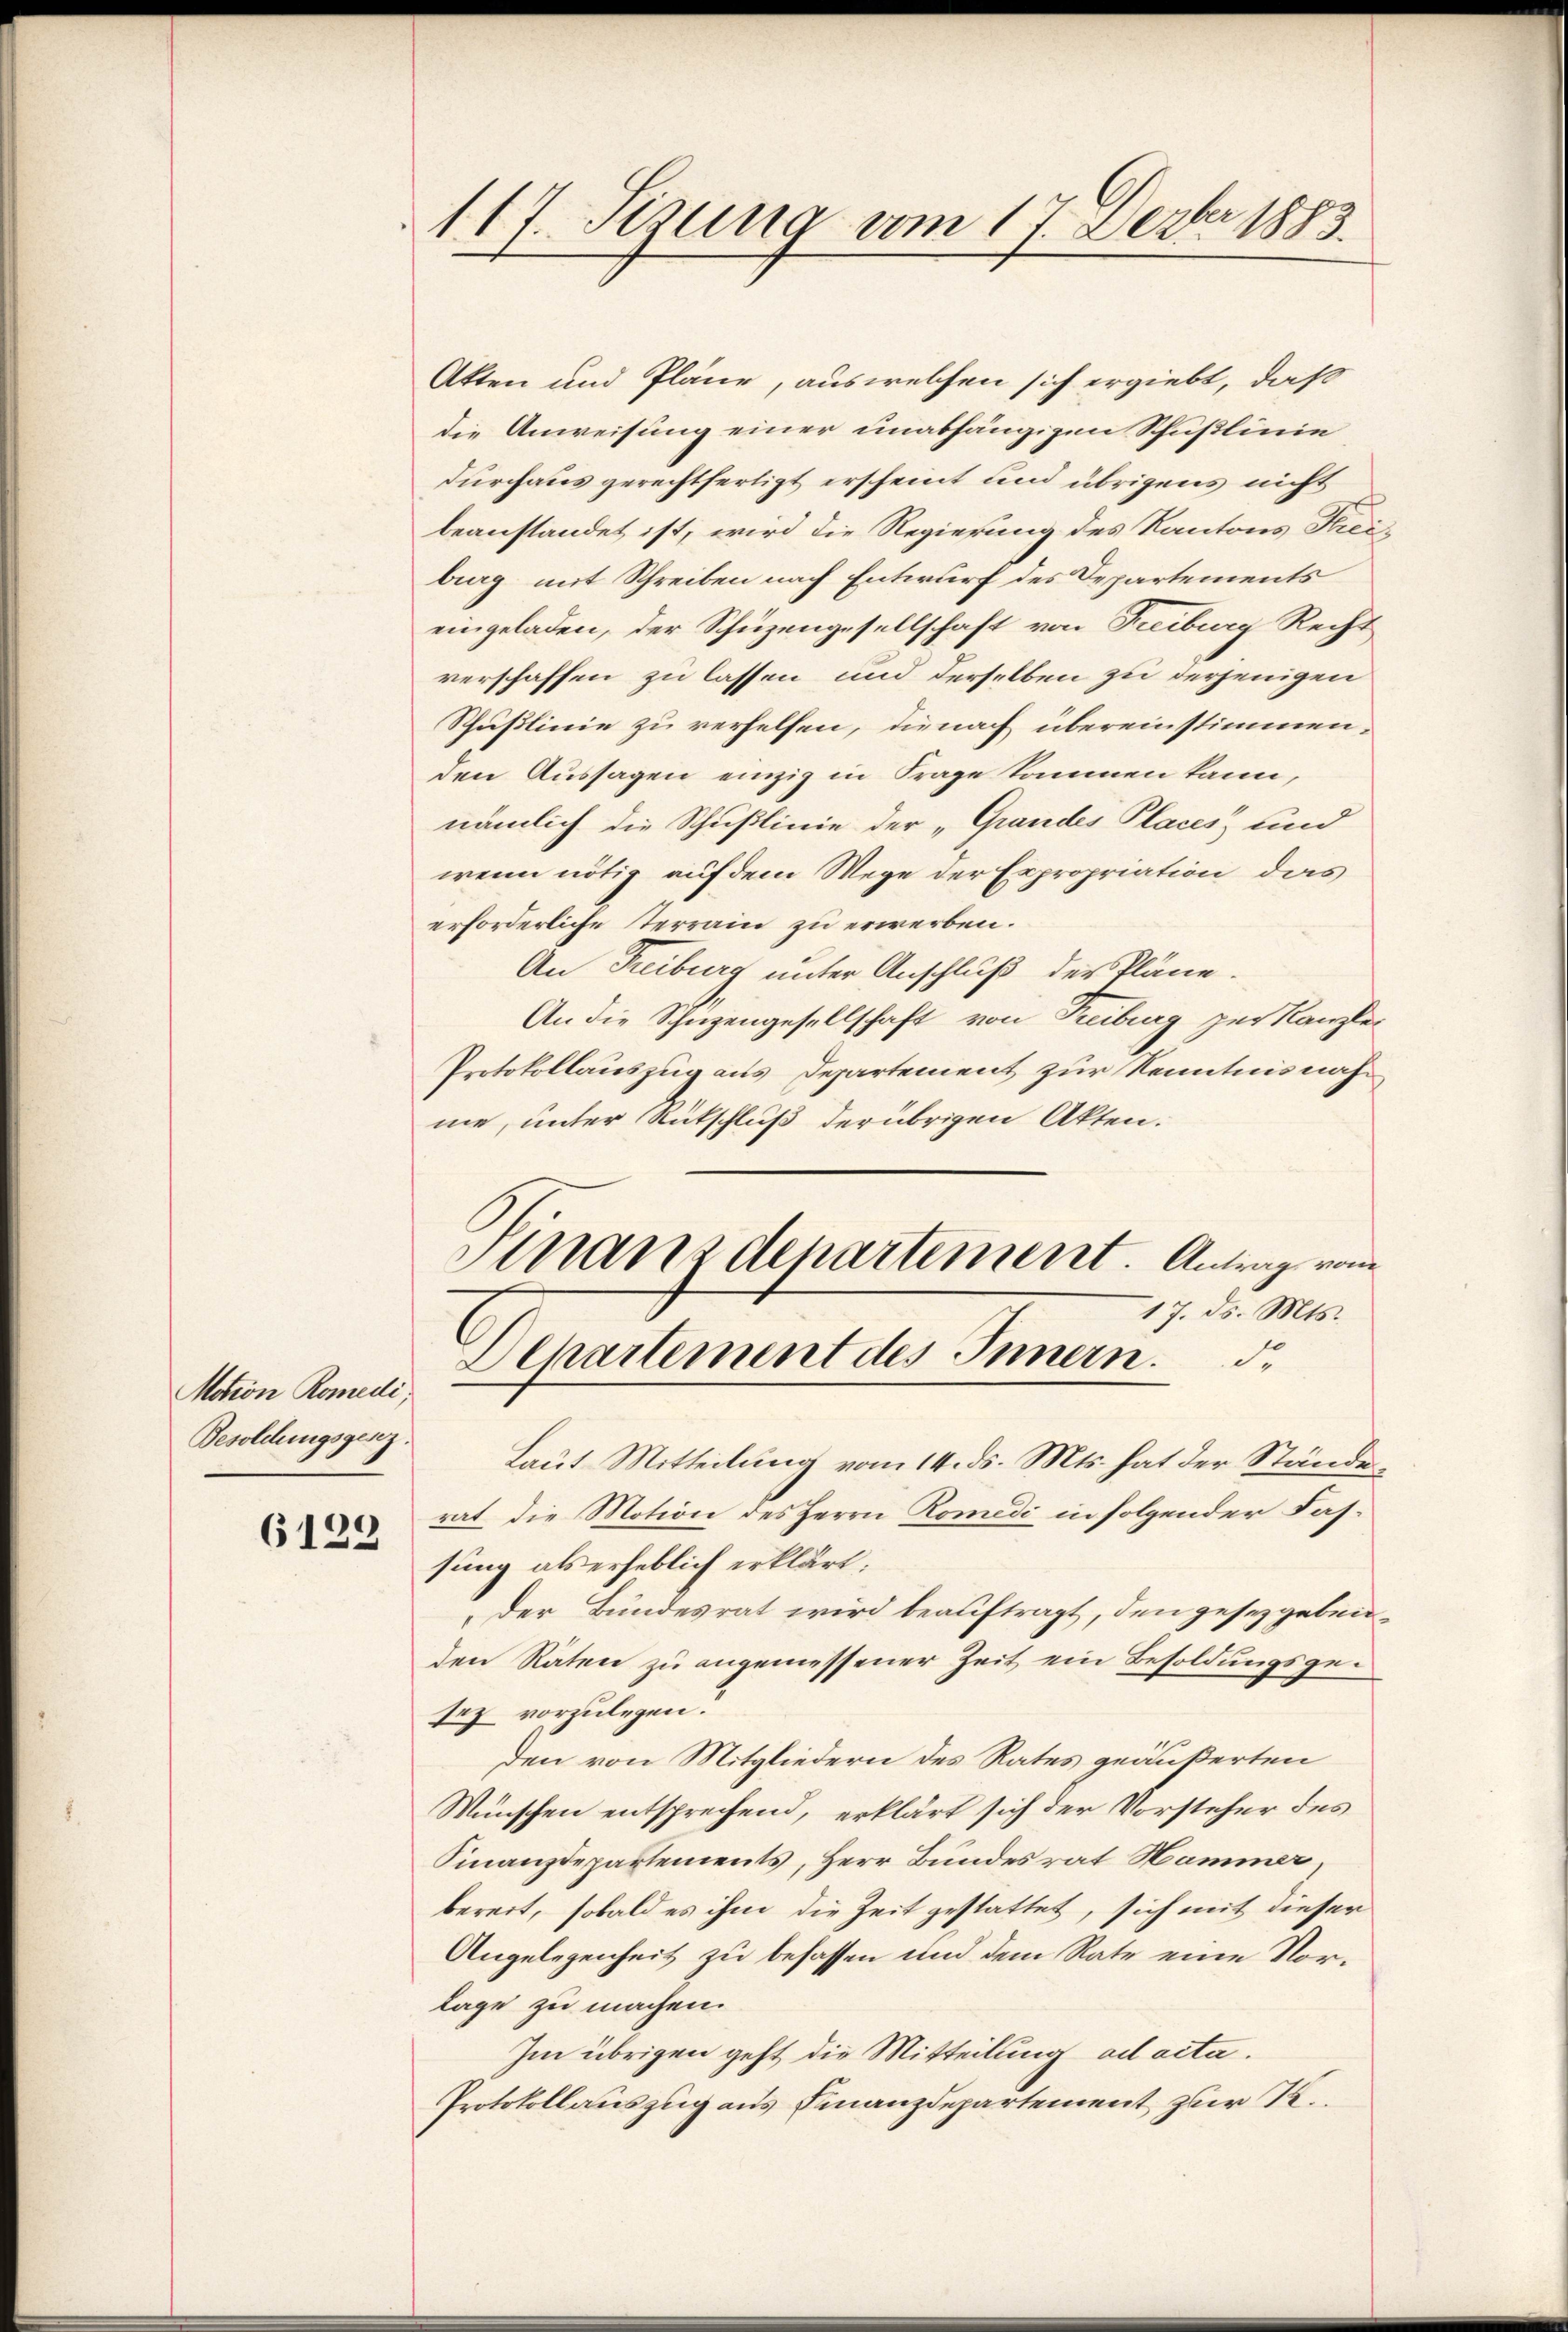
Motion Romedi
Besoldungsgesez.

6129

117. Sezung vom 17. Dezbr 1883

Akten und Pläne, aus welchen sich ergiebt, daß
die Anweisung einer unabhängigen Schußlinie
durchaus gerechtfertigt erscheint und übrigens nicht
beanstandet ist, wird die Regierung des Kantons Freiburg mit Schreiben nach Entwurf des Departements
eingeladen, der Schüzengesellschaft von Freiburg Recht
verschaffen zu lassen und derselben zu derjenigen
Schußlinie zu verhelfen, dienach übereinstimmen,
den Aussagen einzig in Frage kommen kann,
nämlich die Schußlinie der „Grandes Places und
wenn nötig auf dem Wege der Expropriation das
erforderliche Terrain zu erwerben.
An Freiburg, unter Anschluß der Pläne.
An die Schutzengesellschaft von Treiburg zur Kanzlei
Protokollauszug aus Departement zur Kenntnisnahme, unter Rütschluß der übrigen Akten.
Sinanzdepartement Antrag vom
17. ds. Mts.
Departement des Innern.
Laut Mitteilung vom 14. ds. Mts. hat der Ständerat, die Motion des Herrn Romedi in folgender Fassung als erheblich erklärt.
Der Bundesrat wird beauftragt, den gesetzgebenden Räten zu angemessener Zeit ein Besoldungsgesez vorzulegen.
den von Mitgliedern des Rates geäußerten
Wünschen entsprechend, erklärt sich der Vorsteher des
Finanzdepartements, Herr Bundesrat Hammer.
bereit, sobald es ihm die Zeit gestattet, sich mit dieser
Angelegenheit zu befassen und dem Rate eine Vorlage zu machen.
Im übrigen geht die Mitteilung ad acta.
Protokollauszug aus Finanzdepartement zur R.